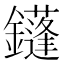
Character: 鑝